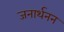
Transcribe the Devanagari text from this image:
जनार्थनन